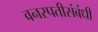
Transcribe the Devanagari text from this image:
वनस्पतीसंबंधी